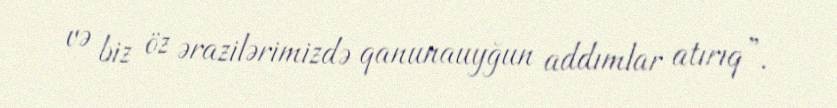
və biz öz ərazilərimizdə qanunauyğun addımlar atırıq”.